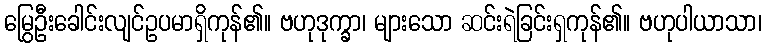
မြွေဦးခေါင်းလျင်ဥပမာရှိကုန်၏။ ဗဟုဒုက္ခာ၊ များသော ဆင်းရဲခြင်းရှကုန်၏။ ဗဟုပါယာသာ၊